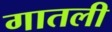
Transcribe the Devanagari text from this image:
गातली